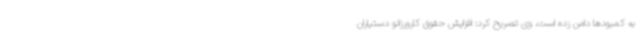
به کمبودها دامن زده است. وی تصریح کرد: افزایش حقوق کارورزانو دستیاران